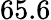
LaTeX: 65.6